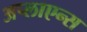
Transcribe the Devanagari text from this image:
अप्लाएन्स